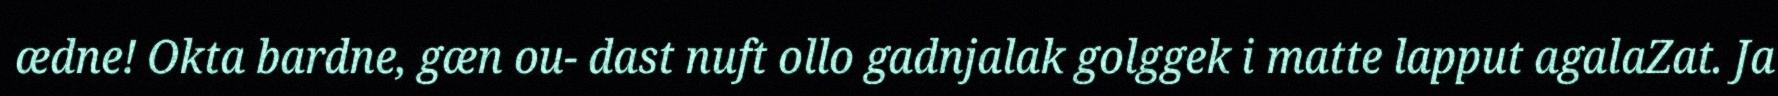
ædne! Okta bardne, gæn ou- dast nuft ollo gadnjalak golggek i matte lapput agalaZat. Ja